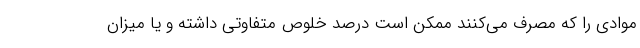
موادی را که مصرف می‌کنند ممکن است درصد خلوص متفاوتی داشته و یا میزان